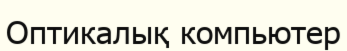
Оптикалық компьютер